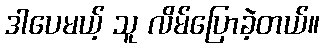
ဒါပေမယ့် သူ လိမ်ပြောခဲ့တယ်။